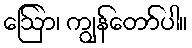
ဩော်၊ ကျွန်တော်ပါ။